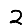
Digit: 2